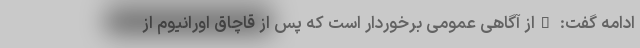
ادامه گفت: "از آگاهی عمومی برخوردار است که پس از قاچاق اورانیوم از